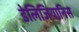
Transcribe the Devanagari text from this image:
डेलिजियानिस